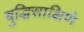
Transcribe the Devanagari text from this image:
बुद्धिसाक्षिणे